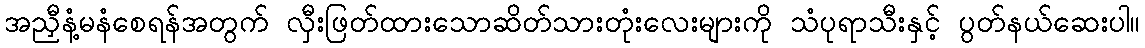
အညှီနံ့မနံစေရန်အတွက် လှီးဖြတ်ထားသောဆိတ်သားတုံးလေးများကို သံပုရာသီးနှင့် ပွတ်နယ်ဆေးပါ။